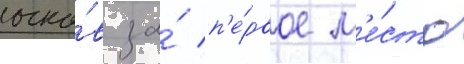
очко́в за́ п'е́рвое м'е́сто